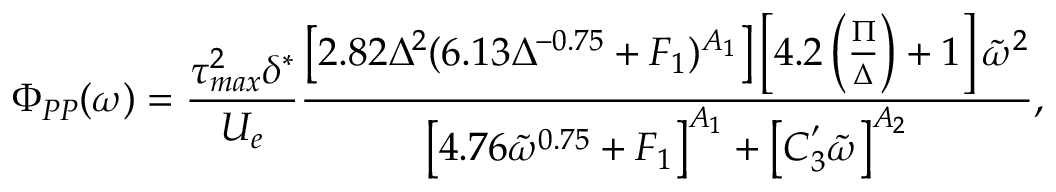
\Phi _ { P P } ( \omega ) = \frac { \tau _ { m a x } ^ { 2 } \delta ^ { * } } { U _ { e } } \frac { \left[ 2 . 8 2 \Delta ^ { 2 } ( 6 . 1 3 \Delta ^ { - 0 . 7 5 } + F _ { 1 } ) ^ { A _ { 1 } } \right] \left[ 4 . 2 \left( \frac { \Pi } { \Delta } \right) + 1 \right] \tilde { \omega } ^ { 2 } } { \left[ 4 . 7 6 \tilde { \omega } ^ { 0 . 7 5 } + F _ { 1 } \right] ^ { A _ { 1 } } + \left[ C _ { 3 } ^ { ' } \tilde { \omega } \right] ^ { A _ { 2 } } } ,